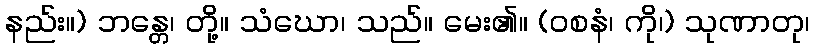
နည်း။) ဘန္တေ၊ တို့။ သံဃော၊ သည်။ မေး၏။ (ဝစနံ၊ ကို၊) သုဏာတု၊